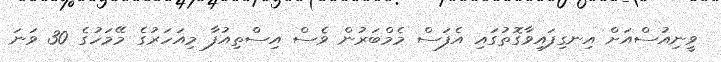
ވީނިއުސްއަށް އިނގިފައިވާގޮތުގައި އެފަސް މެމްބަރުން ވެސް އިސްތިއުފާ މިއަހަރުގެ މޭމަހުގެ 30 ވަނަ